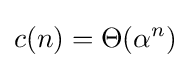
c(n)=\Theta (\alpha ^{n})